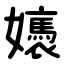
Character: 㜵